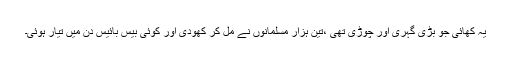
یہ کھائی جو بڑی گہری اور چوڑی تھی ،تین ہزار مسلمانوں نے مل کر کھودی اور کوئی بیس بائیس دن میں تیار ہوئی۔